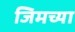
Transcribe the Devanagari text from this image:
जिमच्या